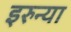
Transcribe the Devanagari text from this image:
इरुन्या